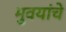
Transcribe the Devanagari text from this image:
भुवयांचे